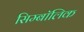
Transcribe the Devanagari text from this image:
सिम्बॉलिक